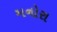
મનોરા